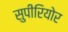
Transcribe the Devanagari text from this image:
सुपीरियोर